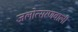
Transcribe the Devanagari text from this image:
जलोत्सरणवाली